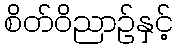
စိတ်ဝိညာဉ်နှင့်